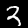
Label: 3